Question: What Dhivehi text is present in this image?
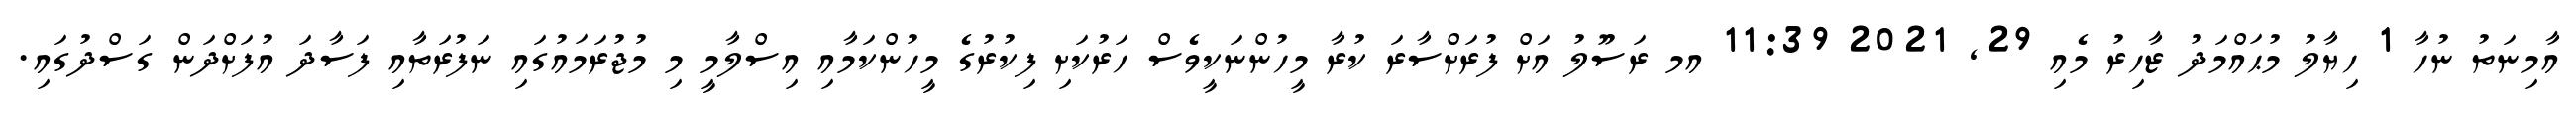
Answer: އާމިނަތު ނުހާ 1 ހިޔާލު މުޙައްމަދު ޒާހިރު މެއި 29, 2021 11:39 އމ ރަސޫލު އަށް ފުރަށްސާރަ ކުރާ މީހުންނަކީވެސް ހަރުކަށި ފިކުރުގެ މީހުންކަމާއި އިސްލާމީ މި މުޖުރަމައުގައި ނަފުރަތާއި ފަސާދަ އުފަށްދަން ގަސްދުގައި.